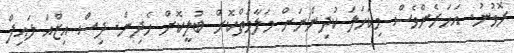
ރޮވުނު. އަހަރެންވެސް މިކަހަލަ ކުދިންނަށް މަލާމަތްކޮށް ބުލީކޮށް ހެދިން. ދިސް އިޒްއަ ލައިފް